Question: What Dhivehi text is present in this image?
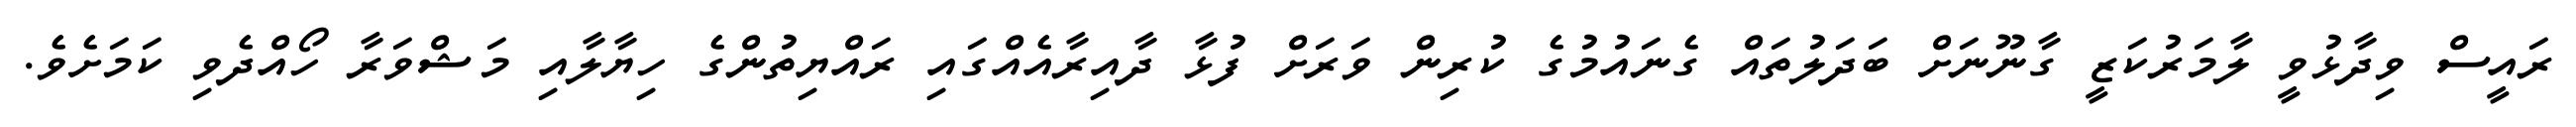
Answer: ރައީސް ވިދާޅުވީ ލާމަރުކަޒީ ގާނޫނަށް ބަދަލުތައް ގެނައުމުގެ ކުރިން ވަރަށް ފުޅާ ދާއިރާއެއްގައި ރައްޔިތުންގެ ހިޔާލާއި މަޝްވަރާ ހޯއްދެވި ކަމަށެވެ.